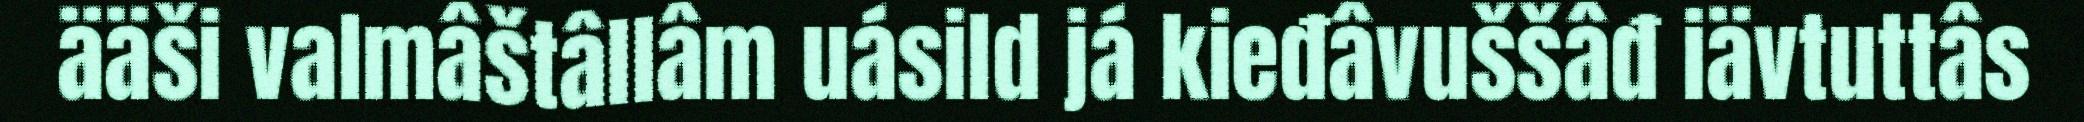
ääši valmâštâllâm uásild já kieđâvuššâđ iävtuttâs